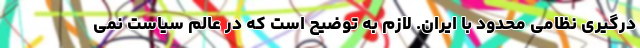
درگیری نظامی محدود با ایران. لازم به توضیح است که در عالم سیاست نمی